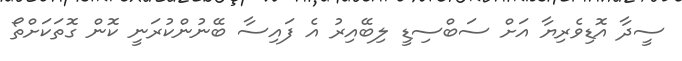
ސީދާ އޮޑިވެރިޔާ އަށް ސަބްސިޑީ ލިބޭއިރު އެ ފައިސާ ބޭނުންކުރަނީ ކޮން ގޮތަކަށްތޯ